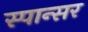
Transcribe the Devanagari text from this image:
स्पान्सर